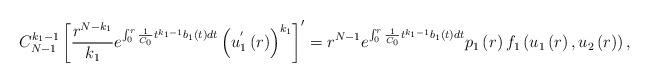
LaTeX: \begin{align*}C_{N-1}^{k_{1}-1}\left[ \frac{r^{N-k_{1}}}{k_{1}}e^{\int_{0}^{r}\frac{1}{C_{0}}t^{k_{1}-1}b_{1}\left( t\right) dt}\left( u_{1}^{^{\prime }}\left(r\right) \right) ^{k_{1}}\right] ^{\prime }=r^{N-1}e^{\int_{0}^{r}\frac{1}{C_{0}}t^{k_{1}-1}b_{1}\left( t\right) dt}p_{1}\left( r\right) f_{1}\left(u_{1}\left( r\right) ,u_{2}\left( r\right) \right) , \end{align*}